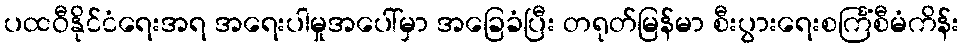
ပထဝီနိုင်ငံရေးအရ အရေးပါမှုအပေါ်မှာ အခြေခံပြီး တရုတ်မြန်မာ စီးပွားရေးစင်္ကြံစီမံကိန်း